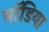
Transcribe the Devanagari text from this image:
बॉडिया